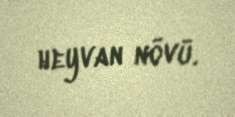
heyvan növü.